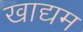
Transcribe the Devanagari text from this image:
खाद्यम